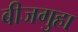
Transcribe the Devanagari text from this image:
बीजगुहा